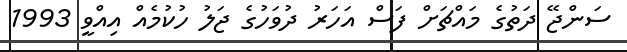
ސަންޖޭ ދަތުގެ މައްޗަށް ފަސް އަހަރު ދުވަހުގެ ޖަލު ހުކުމެއް އިއްވީ 1993